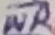
Text: WR